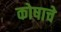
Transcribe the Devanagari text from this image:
कोषाचे